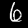
Label: 6